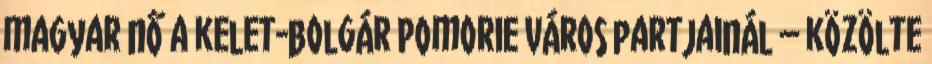
magyar nő a kelet-bolgár Pomorie város partjainál – közölte